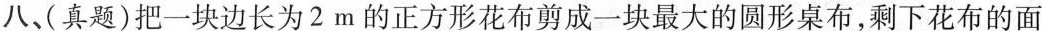
八、(真题)把一块边长为2m的正方形花布剪成一块最大的圆形桌布，剩下花布的面